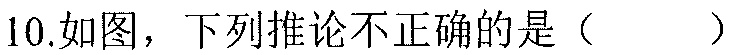
10.如图，下列推论不正确的是（  ）